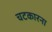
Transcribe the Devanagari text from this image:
चटकारना